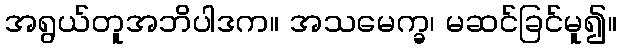
အရွယ်တူအဘိပါဒက။ အသမေက္ခ၊ မဆင်ခြင်မူ၍။